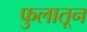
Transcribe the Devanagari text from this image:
फुलातून